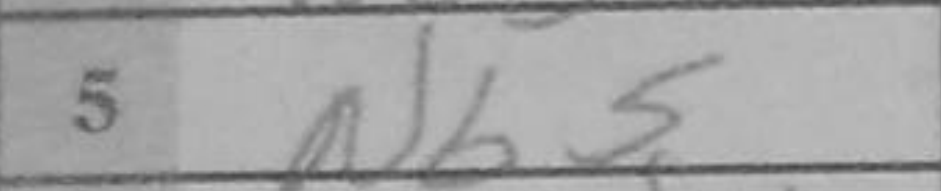
Transcription: Nb5